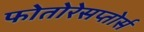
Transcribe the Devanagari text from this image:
फोतोरेसप्तोर्स